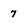
Character: 7